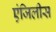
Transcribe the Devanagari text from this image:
एंजिलीस